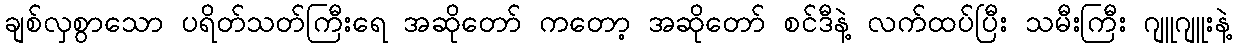
ချစ်လှစွာသော ပရိတ်သတ်ကြီးရေ အဆိုတော် ကတော့ အဆိုတော် စင်ဒီနဲ့ လက်ထပ်ပြီး သမီးကြီး ဂျူဂျူးနဲ့